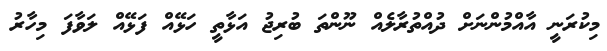
މިކުރަނީ އާއްމުންނަށް ދުއްތުރާލެއް ނޫންތަ ބުރިޖު އަޅާތީ ހަޅޭއް ފަޅޭއް ލަވާފަ މިހާރު